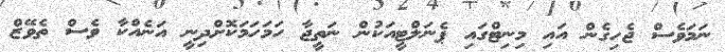
ނަމަވެސް ޖެހިގެން އައި މިނިޓްގައި ޕެނަލްޓީއަކުން ނަތީޖާ ހަމަހަމަކޮށްދިނީ އަނެއްކާ ވެސް ތެވޭޒް